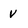
Character: v